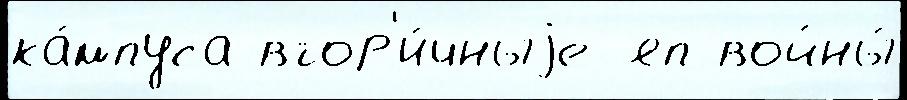
ка́мпуса втор'и́чныjе яп войны́